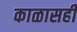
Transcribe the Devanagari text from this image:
काळासही